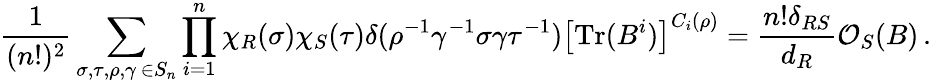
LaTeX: \frac{1}{(n!)^{2}}\sum_{\substack{\sigma,\tau,\rho,\gamma\, \in S_{n}}}\prod_{i=1}^{n}\chi_{R}(\sigma)\chi_{S}(\tau)\delta(\rho^{-1}\gamma^{-1}\sigma\gamma\tau^{-1})\left[\mathrm{Tr}(B^{i})\right]^{C_{i}(\rho)}=\frac{n!\delta_{RS}}{d_{R}}\mathcal{O}_{S}(B)\, .